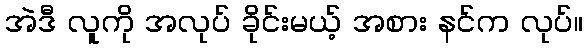
အဲဒီ လူကို အလုပ် ခိုင်းမယ့် အစား နင်က လုပ်။